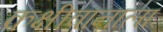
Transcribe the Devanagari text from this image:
कक्षीवानाला